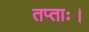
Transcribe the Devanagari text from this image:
तप्ताः।